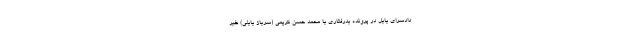
دادسرای بابل در پرونده بدرفتاری با محمد حسن کریمی (سرباز بابلی) خبر